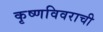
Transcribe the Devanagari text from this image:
कृष्णविवराची